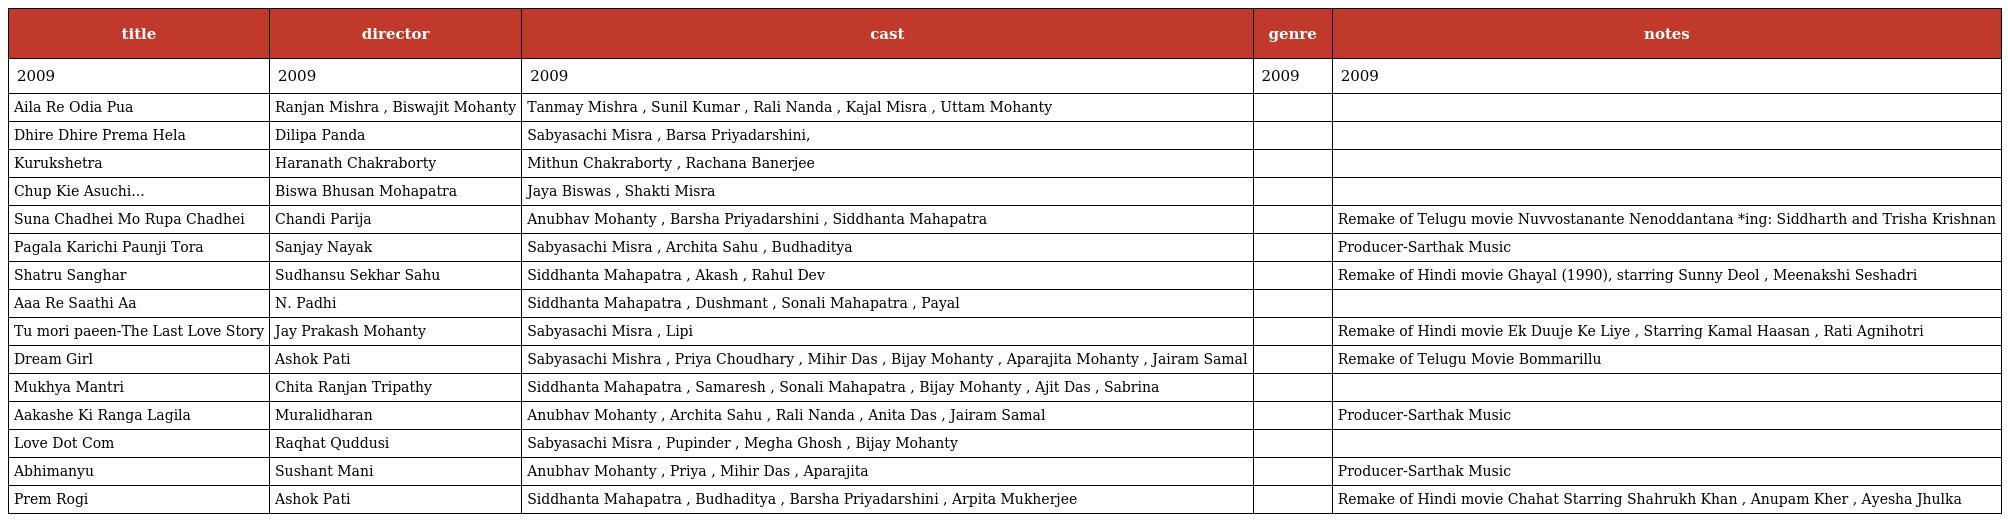
| title | director | cast | genre | notes |
 | --- | --- | --- | --- | --- |
 | 2009 | 2009 | 2009 | 2009 | 2009 |
 | Aila Re Odia Pua | Ranjan Mishra , Biswajit Mohanty | Tanmay Mishra , Sunil Kumar , Rali Nanda , Kajal Misra , Uttam Mohanty |  |  |
 | Dhire Dhire Prema Hela | Dilipa Panda | Sabyasachi Misra , Barsa Priyadarshini, |  |  |
 | Kurukshetra | Haranath Chakraborty | Mithun Chakraborty , Rachana Banerjee |  |  |
 | Chup Kie Asuchi... | Biswa Bhusan Mohapatra | Jaya Biswas , Shakti Misra |  |  |
 | Suna Chadhei Mo Rupa Chadhei | Chandi Parija | Anubhav Mohanty , Barsha Priyadarshini , Siddhanta Mahapatra |  | Remake of Telugu movie Nuvvostanante Nenoddantana *ing: Siddharth and Trisha Krishnan |
 | Pagala Karichi Paunji Tora | Sanjay Nayak | Sabyasachi Misra , Archita Sahu , Budhaditya |  | Producer-Sarthak Music |
 | Shatru Sanghar | Sudhansu Sekhar Sahu | Siddhanta Mahapatra , Akash , Rahul Dev |  | Remake of Hindi movie Ghayal (1990), starring Sunny Deol , Meenakshi Seshadri |
 | Aaa Re Saathi Aa | N. Padhi | Siddhanta Mahapatra , Dushmant , Sonali Mahapatra , Payal |  |  |
 | Tu mori paeen-The Last Love Story | Jay Prakash Mohanty | Sabyasachi Misra , Lipi |  | Remake of Hindi movie Ek Duuje Ke Liye , Starring Kamal Haasan , Rati Agnihotri |
 | Dream Girl | Ashok Pati | Sabyasachi Mishra , Priya Choudhary , Mihir Das , Bijay Mohanty , Aparajita Mohanty , Jairam Samal |  | Remake of Telugu Movie Bommarillu |
 | Mukhya Mantri | Chita Ranjan Tripathy | Siddhanta Mahapatra , Samaresh , Sonali Mahapatra , Bijay Mohanty , Ajit Das , Sabrina |  |  |
 | Aakashe Ki Ranga Lagila | Muralidharan | Anubhav Mohanty , Archita Sahu , Rali Nanda , Anita Das , Jairam Samal |  | Producer-Sarthak Music |
 | Love Dot Com | Raqhat Quddusi | Sabyasachi Misra , Pupinder , Megha Ghosh , Bijay Mohanty |  |  |
 | Abhimanyu | Sushant Mani | Anubhav Mohanty , Priya , Mihir Das , Aparajita |  | Producer-Sarthak Music |
 | Prem Rogi | Ashok Pati | Siddhanta Mahapatra , Budhaditya , Barsha Priyadarshini , Arpita Mukherjee |  | Remake of Hindi movie Chahat Starring Shahrukh Khan , Anupam Kher , Ayesha Jhulka |